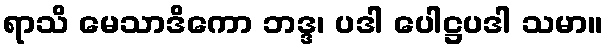
ရာသိ မေသာဒိကော ဘဒ္ဒ၊ ပဒါ ပေါဋ္ဌပဒါ သမာ။